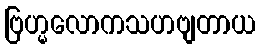
ဗြဟ္မလောကသဟဗျတာယ